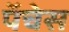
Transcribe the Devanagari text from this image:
पॅचेस